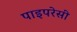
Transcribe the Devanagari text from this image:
पाइपरेसी